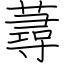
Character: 蕁